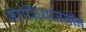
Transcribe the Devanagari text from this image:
महाविध्यालयीन